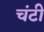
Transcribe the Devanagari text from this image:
चंटी